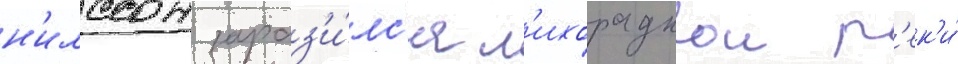
н'илссон зараз'и́лс'я л'ихорадкои р'ек'и́